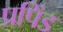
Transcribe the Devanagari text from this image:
प्रपिंड